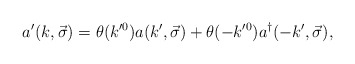
\begin{align*}a'(k,\vec{\sigma})=\theta(k^{\prime 0})a(k',\vec{\sigma})+\theta(-k^{\prime 0})a^{\dagger}(-k',\vec{\sigma}),\end{align*}